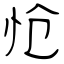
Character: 怆